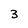
Character: 3